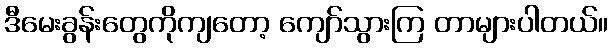
ဒီမေးခွန်းတွေကိုကျတော့ ကျော်သွားကြ တာများပါတယ်။